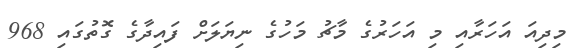
މިދިއަ އަހަރާއި މި އަހަރުގެ މާޗު މަހުގެ ނިޔަލަށް ފައިދާގެ ގޮތުގައި 968